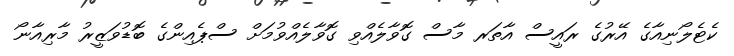
ކެޓެލޯނިއާގެ އޭރުގެ ރައީސް އާތަރ މާސް ގޮވާލެއްވި ގޮވާލެއްވުމަށް ސްޕެއިންގެ ބޮޑުވަޒީރު މާރިއާނޯ